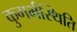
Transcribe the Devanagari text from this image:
कुगर्भस्थिति